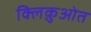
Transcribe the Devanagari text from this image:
क्लिक़ुओत